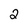
Character: 2